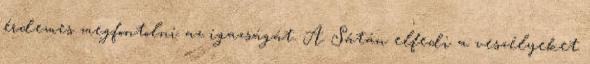
érdemes megfontolni az igazságát. A Sátán elfedi a veszélyeket